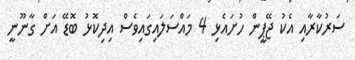
ސަރުކާރާއި އެކު ޖޭޕީން ހުށައެޅި 4 މައްސަލައިގައިވެސް އިދިކޮޅު ބޮޑޭ އަށް ގާނޫނީ